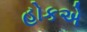
હોકએ